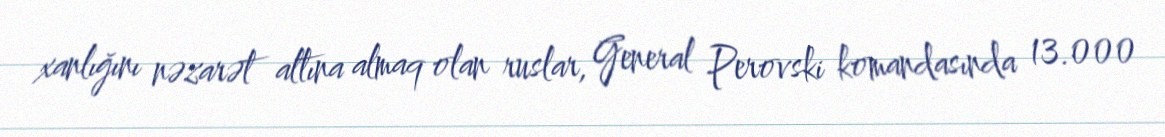
xanlığını nəzarət altına almaq olan ruslar, General Perovski komandasında 13.000